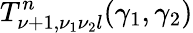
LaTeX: T_{\nu+1,\nu_{1}\nu_{2}l}^{n}(\gamma_{1},\gamma_{2})